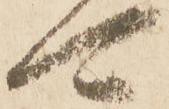
可